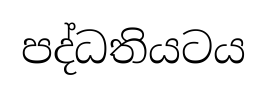
පද්ධතියටය